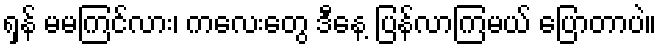
ရှန် မမကြင်လား၊ ကလေးတွေ ဒီနေ့ ပြန်လာကြမယ် ပြောတာပဲ။